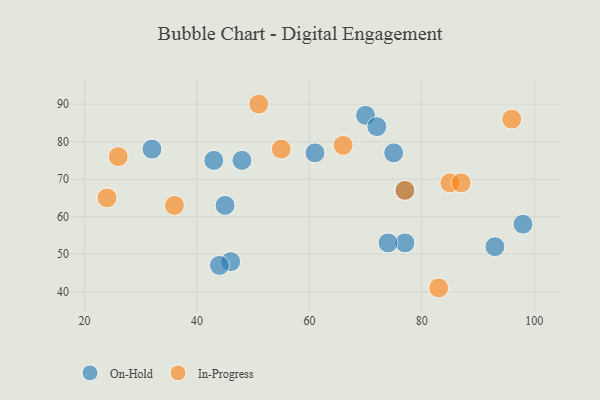
{"axis": {"x": "GDP", "y": "Life Expectancy"}, "legend": ["In-Progress", "On-Hold"], "data": [{"x": "75", "y": 77, "type": "On-Hold"}, {"x": "77", "y": 67, "type": "On-Hold"}, {"x": "77", "y": 53, "type": "On-Hold"}, {"x": "98", "y": 58, "type": "On-Hold"}, {"x": "70", "y": 87, "type": "On-Hold"}, {"x": "45", "y": 63, "type": "On-Hold"}, {"x": "43", "y": 75, "type": "On-Hold"}, {"x": "48", "y": 75, "type": "On-Hold"}, {"x": "93", "y": 52, "type": "On-Hold"}, {"x": "46", "y": 48, "type": "On-Hold"}, {"x": "72", "y": 84, "type": "On-Hold"}, {"x": "61", "y": 77, "type": "On-Hold"}, {"x": "74", "y": 53, "type": "On-Hold"}, {"x": "44", "y": 47, "type": "On-Hold"}, {"x": "32", "y": 78, "type": "On-Hold"}, {"x": "24", "y": 65, "type": "In-Progress"}, {"x": "55", "y": 78, "type": "In-Progress"}, {"x": "66", "y": 79, "type": "In-Progress"}, {"x": "96", "y": 86, "type": "In-Progress"}, {"x": "83", "y": 41, "type": "In-Progress"}, {"x": "77", "y": 67, "type": "In-Progress"}, {"x": "36", "y": 63, "type": "In-Progress"}, {"x": "51", "y": 90, "type": "In-Progress"}, {"x": "85", "y": 69, "type": "In-Progress"}, {"x": "87", "y": 69, "type": "In-Progress"}, {"x": "26", "y": 76, "type": "In-Progress"}]}